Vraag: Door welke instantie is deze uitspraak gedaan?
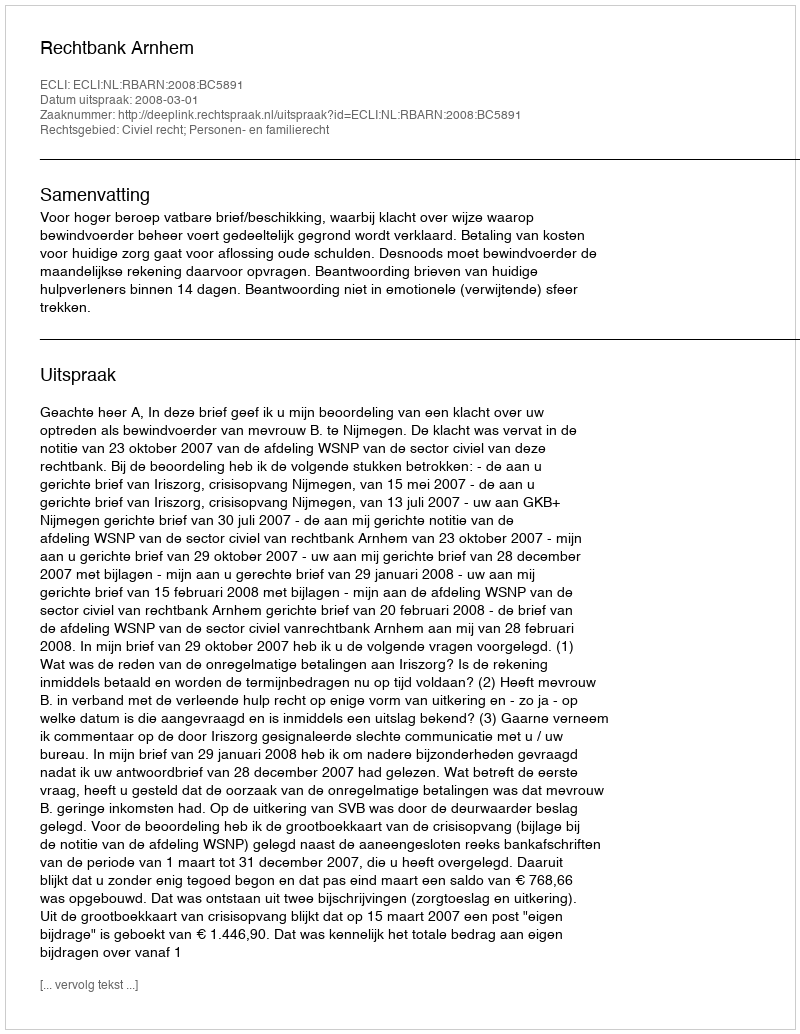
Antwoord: Rechtbank Arnhem